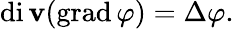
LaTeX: \operatorname{di\mathbf{v}}(\operatorname{grad}\varphi)=\Delta\varphi.